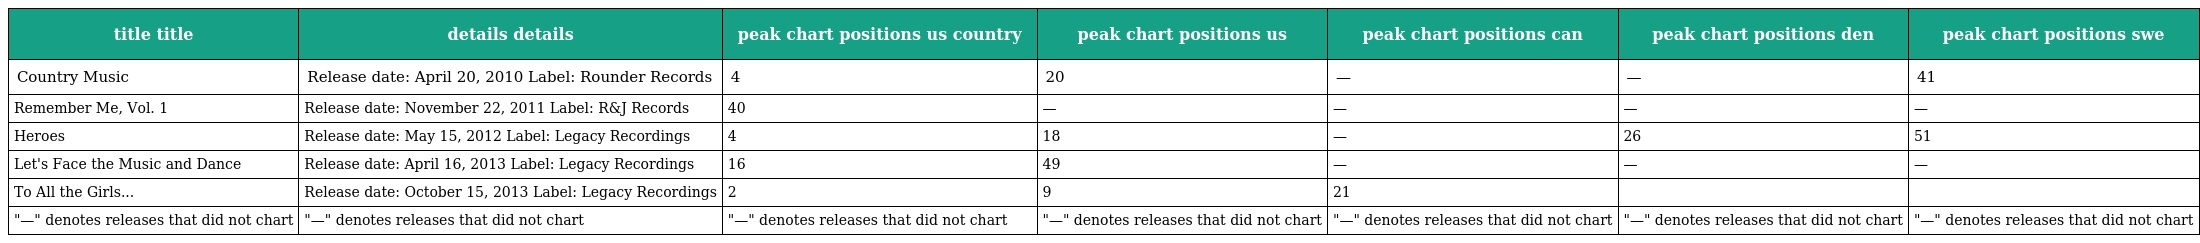
| title title | details details | peak chart positions us country | peak chart positions us | peak chart positions can | peak chart positions den | peak chart positions swe |
 | --- | --- | --- | --- | --- | --- | --- |
 | Country Music | Release date: April 20, 2010 Label: Rounder Records | 4 | 20 | — | — | 41 |
 | Remember Me, Vol. 1 | Release date: November 22, 2011 Label: R&J Records | 40 | — | — | — | — |
 | Heroes | Release date: May 15, 2012 Label: Legacy Recordings | 4 | 18 | — | 26 | 51 |
 | Let's Face the Music and Dance | Release date: April 16, 2013 Label: Legacy Recordings | 16 | 49 | — | — | — |
 | To All the Girls... | Release date: October 15, 2013 Label: Legacy Recordings | 2 | 9 | 21 |  |  |
 | "—" denotes releases that did not chart | "—" denotes releases that did not chart | "—" denotes releases that did not chart | "—" denotes releases that did not chart | "—" denotes releases that did not chart | "—" denotes releases that did not chart | "—" denotes releases that did not chart |